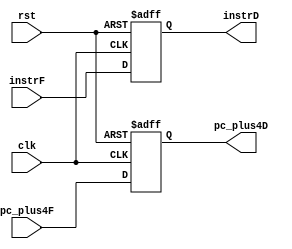
`timescale 1ns / 1ps
//////////////////////////////////////////////////////////////////////////////////
// Company: 
// Engineer: 
// 
// Design Name: 
// Module Name: D_Stage_Reg
// Project Name: 
// Target Devices: 
// Tool Versions: 
// Description: 
// 
// Dependencies: 
// 
// Revision:
// Revision 0.01 - File Created
// Additional Comments:
// 
//////////////////////////////////////////////////////////////////////////////////


module D_Stage_Reg(
    input        clk, rst,
    input [31:0] instrF,
    input [31:0] pc_plus4F,
    
    output reg [31:0] instrD,
    output reg [31:0] pc_plus4D
    );
    
    always @ (negedge clk, posedge rst) begin
        if (rst) begin
            instrD    <= 0;
            pc_plus4D <= 0;
        end
        else begin
            instrD    <= instrF;
            pc_plus4D <= pc_plus4F;
        end
    end
    
endmodule